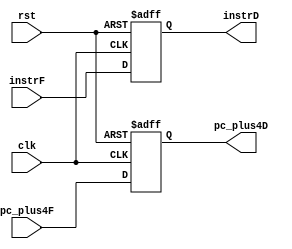
`timescale 1ns / 1ps
//////////////////////////////////////////////////////////////////////////////////
// Company: 
// Engineer: 
// 
// Design Name: 
// Module Name: D_Stage_Reg
// Project Name: 
// Target Devices: 
// Tool Versions: 
// Description: 
// 
// Dependencies: 
// 
// Revision:
// Revision 0.01 - File Created
// Additional Comments:
// 
//////////////////////////////////////////////////////////////////////////////////


module D_Stage_Reg(
    input        clk, rst,
    input [31:0] instrF,
    input [31:0] pc_plus4F,
    
    output reg [31:0] instrD,
    output reg [31:0] pc_plus4D
    );
    
    always @ (negedge clk, posedge rst) begin
        if (rst) begin
            instrD    <= 0;
            pc_plus4D <= 0;
        end
        else begin
            instrD    <= instrF;
            pc_plus4D <= pc_plus4F;
        end
    end
    
endmodule